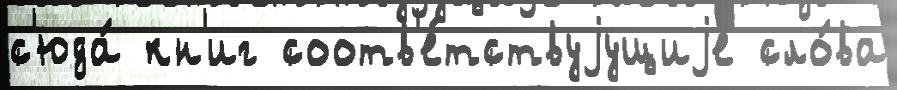
с'юда́ кн'иг соотв'е́тствуjущиjе сло́ва